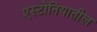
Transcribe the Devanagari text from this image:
एस्टोनियातील